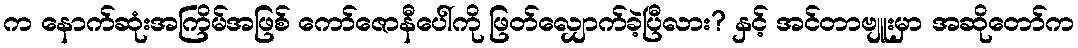
က နောက်ဆုံးအကြိမ်အဖြစ် ကော်ဇောနီပေါ်ကို ဖြတ်လျှောက်ခဲ့ပြီလား? နှင့် အင်တာဗျူးမှာ အဆိုတော်က